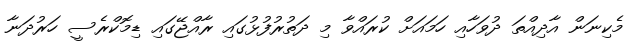
މެކިނަން އާދިއްތަ ދުވަހާއި ހަމައަށް ކުރައްވާ މި ދަތުރުފުޅުގައި ރާއްޖޭގައި ޑިމޮކްރެސީ ހަރުދަނާ